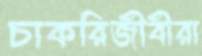
চাকরিজীবীরা